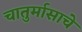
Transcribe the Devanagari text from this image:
चातुर्मासाचे